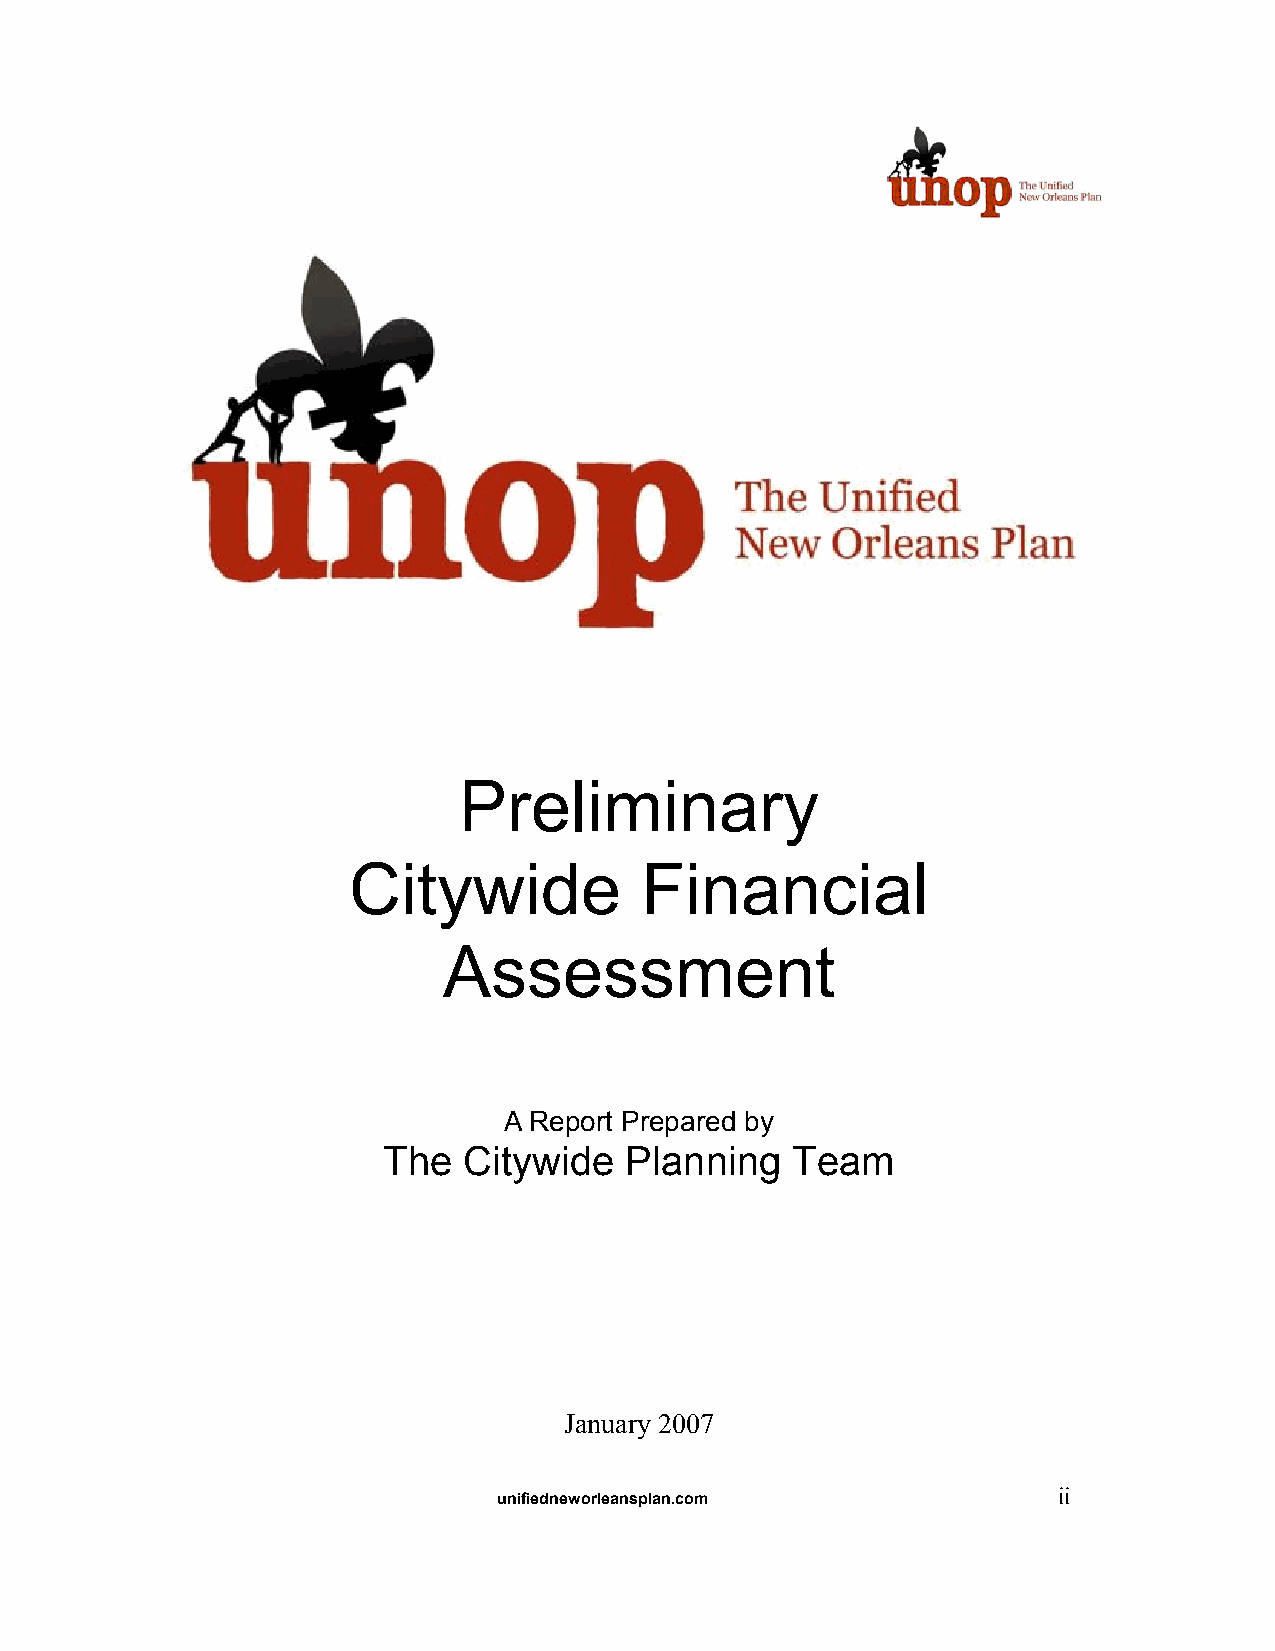
Preliminary
 Citywide           Financial
 Assessment
 A Report Prepared by
 The   Citywide  Planning   Team
 January 2007
 unifiedneworleansplan.com            ii